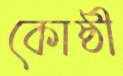
কোষ্ঠী